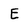
Character: E